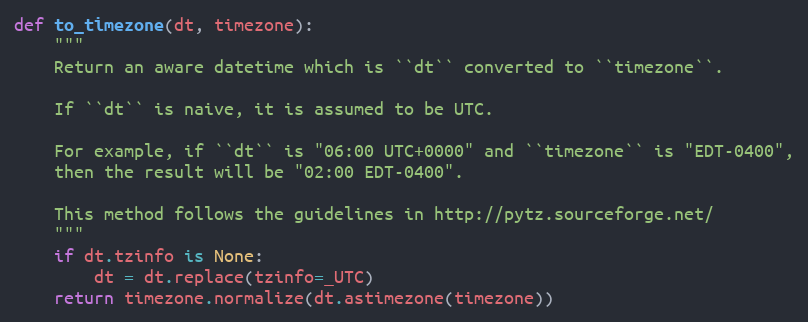
Language: Python
def to_timezone(dt, timezone):
    """
    Return an aware datetime which is ``dt`` converted to ``timezone``.

    If ``dt`` is naive, it is assumed to be UTC.

    For example, if ``dt`` is "06:00 UTC+0000" and ``timezone`` is "EDT-0400",
    then the result will be "02:00 EDT-0400".

    This method follows the guidelines in http://pytz.sourceforge.net/
    """
    if dt.tzinfo is None:
        dt = dt.replace(tzinfo=_UTC)
    return timezone.normalize(dt.astimezone(timezone))